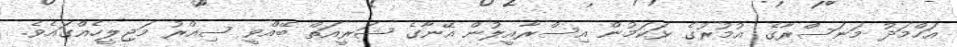
އަހްމަދު މަނަސްރާގެ އުމުރުގެ ޅަކަމުން އިސްރާއީލުން އޭނާގެ ޝަރީއަތް ބޭއްވީ ސިއްރު މަޖިލީހެއްގައެވެ.